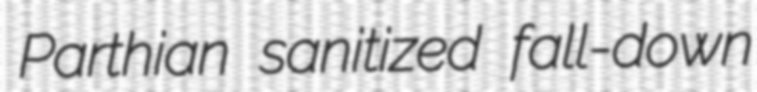
Parthian sanitized fall-down